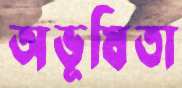
অভূষিতা